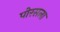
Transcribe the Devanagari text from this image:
पोरसला